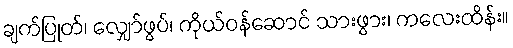
ချက်ပြုတ်၊ လျှော်ဖွပ်၊ ကိုယ်ဝန်ဆောင် သားဖွား၊ ကလေးထိန်း။